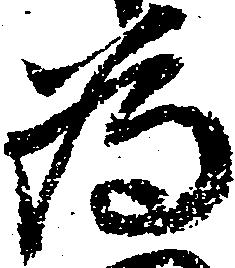
為